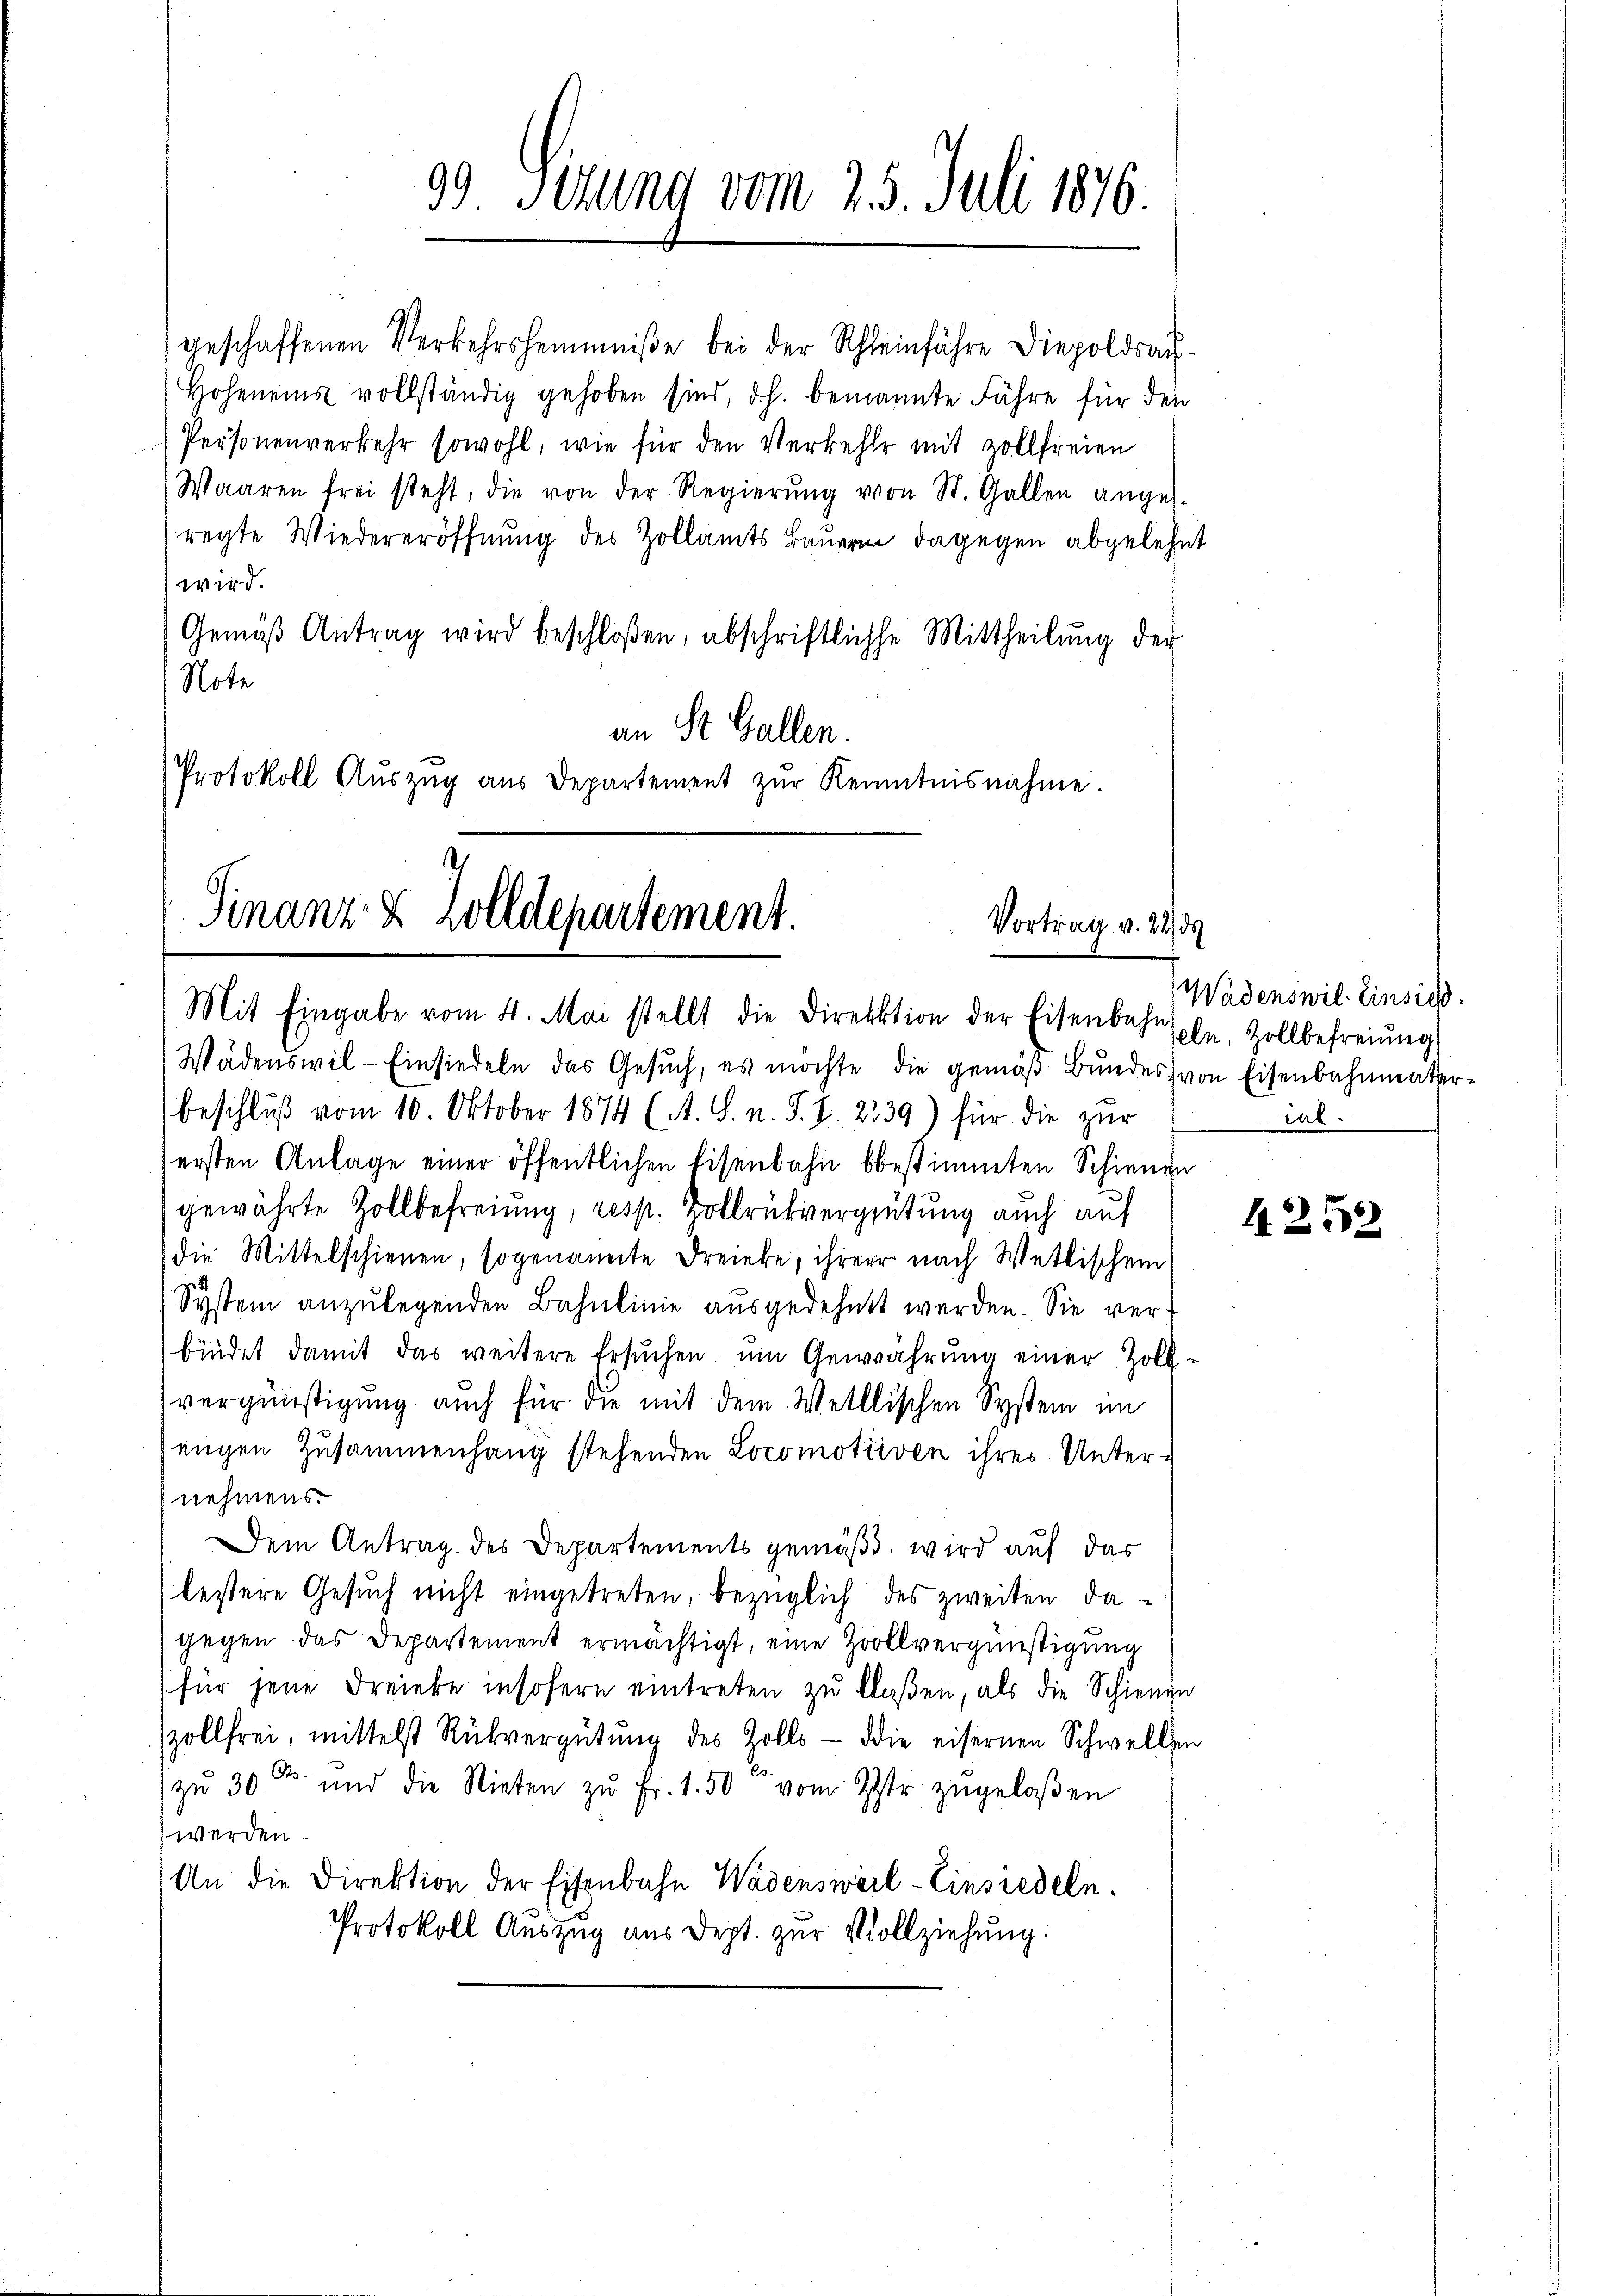
39 Sizung vom 25. Juli 1876.

wird.
Gemäβ Antrag wird beschloßen, abschriftliche Mittheilŭng der
Note
an St. Gallen.
Protokoll Aŭszŭg aŭs Departement zŭr Kenntnisnahme.

Finanz- & Zolldepartement.
Vortrag v. 22
Mit Eingabe vom 4. Mai stellt die Direktion der Eisenbahnsohn, Zollbefreiung

Wädenswil - Einsiedeln das Gesŭch, es möchte die gemäβ Bŭndes von Eisenbahnmater-
beschluß vom 10. Oktober 1874 (A. S. n. F. S. 2539) für die zur
ersten Anlage einer öffentlichen Eisenbahn bestimmten Schienen
gewährte Zollbefreiung, resp. Hollrükvergütung auch auf
die Mittelschienen, sogenannte Freieke, ihrer nach Wetlischein
System anzulegenden Bahnlinie ausgedehnt werden. Sie verbindet damit das weitere Ersŭchen um Gewährŭng einer Zoll-
vergünstigung auch für die mit dem Welllischen System im
engen Zusammenhang stehenden Locomotiven ihres Unternehmens
Dem Antrag des Departements gemäß, wird auf das
lestere Gesuch nicht eingetreten, bezüglich des zweiten dagegen das Departement ermächtigt, eine Zollvergünstigung
für jene Freieke insofern eintreten zŭ blaßen, als die Schienen
zollfrei, mittelst Rückvergütŭng des Zolls die eisernen Schwellen
zu 30 l. und die Rieten zŭ Fr. 1.50 vom 2ter zugelaßen
werden
An die Direktion der Eisenbahn Wadensweil–Einsiedeln.
Protokoll Auszug aus dept. zur Vollziehung.

geschaffenen Verkehrsheimniße bei der Schleinfahre Diepoldsau-
Hoheneins vollständig gehoben sind, d.h. benannte Fähre für den
(Personenverkehr sowohl, wie für den Verkehle mit Zollfreien
Waaren frei steht, die von der Regierŭng von St. Gallen ange-
regte Wiedereröffnung des Zollamts Bauern dagegen abgelehnt

Wadenswil- Einsied
ial.

1252